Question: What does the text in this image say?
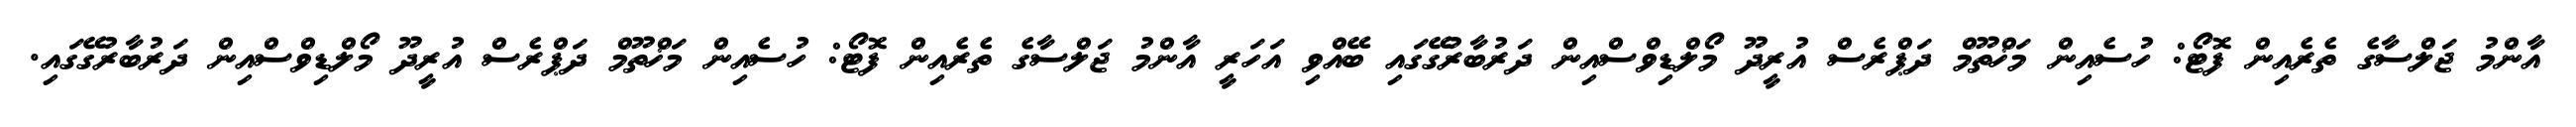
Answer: އާންމު ޖަލްސާގެ ތެރެއިން ފޮޓޯ: ހުސެއިން މަޚްތޫމް ދަޕްރެސް އުރީދޫ މޯލްޑިވްސްއިން ދަރުބާރުގޭގައި ބޭއްވި އަހަރީ އާންމު ޖަލްސާގެ ތެރެއިން ފޮޓޯ: ހުސެއިން މަޚްތޫމް ދަޕްރެސް އުރީދޫ މޯލްޑިވްސްއިން ދަރުބާރުގޭގައި.